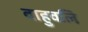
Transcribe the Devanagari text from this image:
वाहुवलि